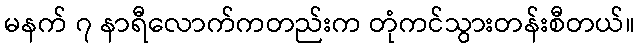
မနက် ၇ နာရီလောက်ကတည်းက တုံကင်သွားတန်းစီတယ်။